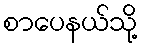
စာပေနယ်သို့